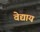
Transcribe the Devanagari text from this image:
वेद्याय